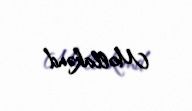
Mollakənd